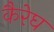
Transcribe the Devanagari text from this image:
कैरेघ